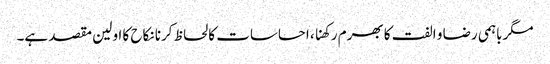
مگرباہمی رضا و الفت کا بھرم رکھنا، احساسات کا لحاظ کرنا نکاح کا اولین مقصد ہے۔